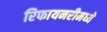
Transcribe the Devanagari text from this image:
रिफायनरीमध्ये